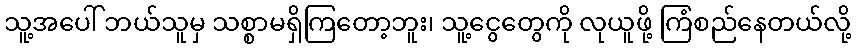
သူ့အပေါ် ဘယ်သူမှ သစ္စာမရှိကြတော့ဘူး၊ သူ့ငွေတွေကို လုယူဖို့ ကြံစည်နေတယ်လို့